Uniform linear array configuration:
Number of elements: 48
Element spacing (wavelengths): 0.75
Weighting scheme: exponential
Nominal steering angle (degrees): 15
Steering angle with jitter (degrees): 16.547
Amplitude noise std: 0.05
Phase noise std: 0.05

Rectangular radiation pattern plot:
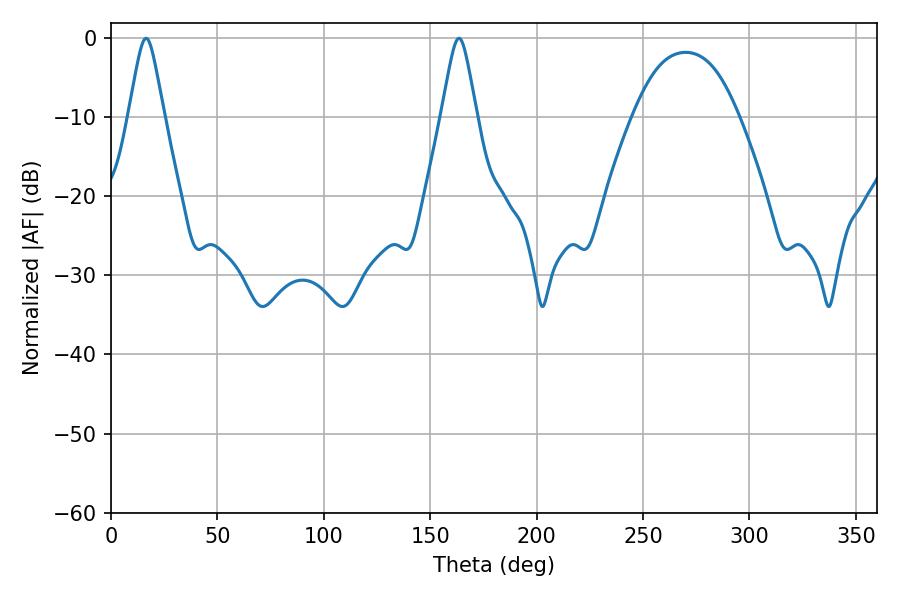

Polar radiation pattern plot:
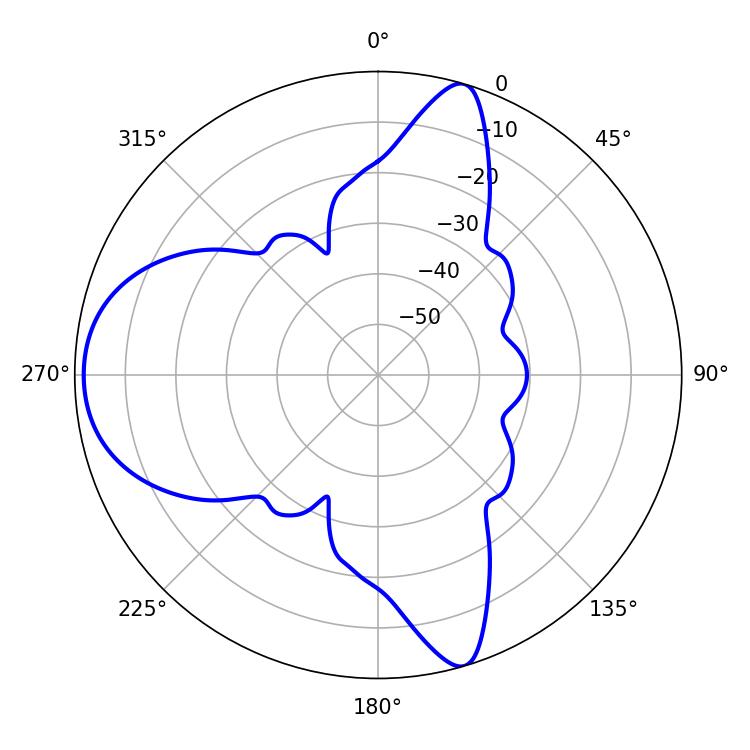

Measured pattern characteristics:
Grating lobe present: TRUE
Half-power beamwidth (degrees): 7.74
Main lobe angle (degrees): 16.56